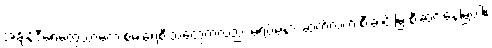
အချိန်ဒီရေတွေသာမက စမ်းရေစီးသံတွေကလည်း မရပ်မနား ဆက်လက် စီးဆင်းမြဲ စီးဆင်းနေမြဲပါ။